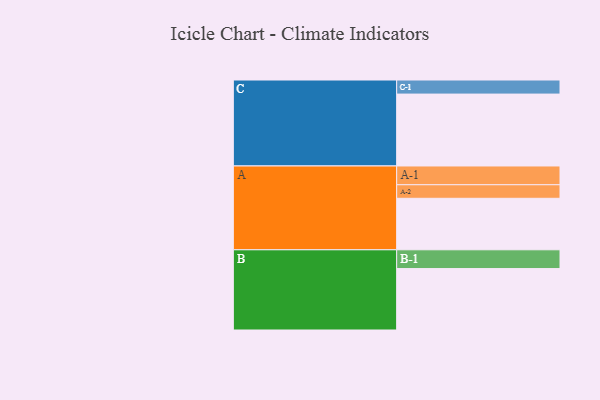
{"axis": {"x": "Segment", "y": "Value"}, "legend": ["", "A", "B", "C"], "data": [{"x": "A", "y": 384, "type": ""}, {"x": "B", "y": 458, "type": ""}, {"x": "C", "y": 536, "type": ""}, {"x": "A-1", "y": 140, "type": "A"}, {"x": "A-2", "y": 101, "type": "A"}, {"x": "B-1", "y": 140, "type": "B"}, {"x": "C-1", "y": 105, "type": "C"}]}